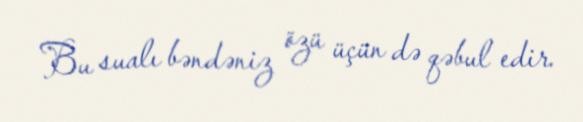
Bu sualı bəndəniz özü üçün də qəbul edir.